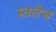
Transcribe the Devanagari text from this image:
रुतलेज